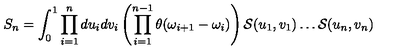
S _ { n } = \int _ { 0 } ^ { 1 } \prod _ { i = 1 } ^ { n } d u _ { i } d v _ { i } \left( \prod _ { i = 1 } ^ { n - 1 } \theta ( \omega _ { i + 1 } - \omega _ { i } ) \right) { \cal S } ( u _ { 1 } , v _ { 1 } ) \dots { \cal S } ( u _ { n } , v _ { n } )